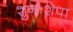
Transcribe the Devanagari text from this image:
शुनःशेपा